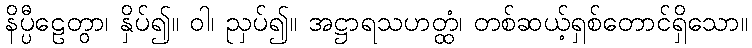
နိပ္ပီဠေတွာ၊ နှိပ်၍။ ဝါ၊ ညှပ်၍။ အဋ္ဌာရသဟတ္ထံ၊ တစ်ဆယ့်ရှစ်တောင်ရှိသော။